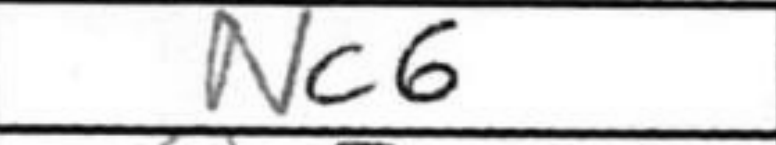
Transcription: Nc6